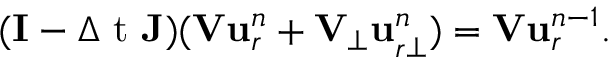
( \mathbf { I } - \ensuremath { \Delta \mathrm { ~ t ~ } } \mathbf { J } ) ( \mathbf { V } \ensuremath { \mathbf { u } } _ { r } ^ { n } + \mathbf { V } _ { \bot } \ensuremath { \mathbf { u } } _ { r \bot } ^ { n } ) = \mathbf { V } \ensuremath { \mathbf { u } } _ { r } ^ { n - 1 } .